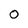
Character: 0